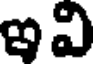
ఇవి